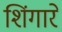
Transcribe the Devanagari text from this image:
शिंगारे